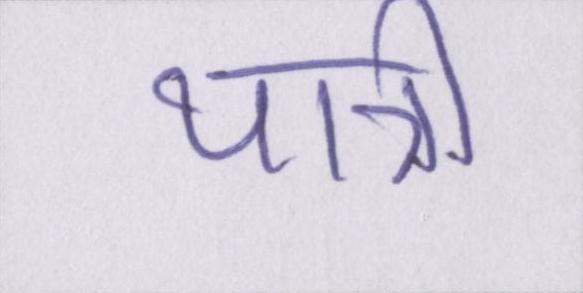
यात्री